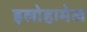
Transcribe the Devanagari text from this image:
इलोहामेल